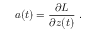
\ensuremath { \boldsymbol { a } } ( t ) = \frac { \partial L } { \partial \ensuremath { \boldsymbol { z } } ( t ) } \ .